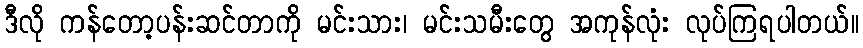
ဒီလို ကန်တော့ပန်းဆင်တာကို မင်းသား၊ မင်းသမီးတွေ အကုန်လုံး လုပ်ကြရပါတယ်။